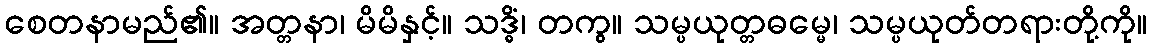
စေတနာမည်၏။ အတ္တနာ၊ မိမိနှင့်။ သဒ္ဓိံ၊ တကွ။ သမ္ပယုတ္တဓမ္မေ၊ သမ္ပယုတ်တရားတို့ကို။